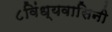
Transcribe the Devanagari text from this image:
८विंध्यवासिनी